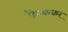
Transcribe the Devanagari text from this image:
फैन्ककर